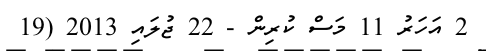
2 އަހަރު 11 މަސް ކުރިން - 22 ޖުލައި 2013 (19